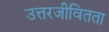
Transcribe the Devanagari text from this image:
उत्तरजीवितता